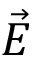
\vec { E }